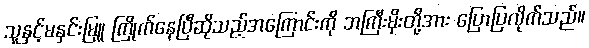
သူနှင့်မနှင်းမြူ ကြိုက်နေပြီဆိုသည့်အကြောင်းကို ဘကြီးမိုးတို့အား ပြောပြလိုက်သည်။